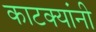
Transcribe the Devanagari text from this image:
काटक्यांनी